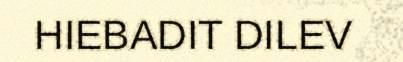
HIEBADIT DILEV